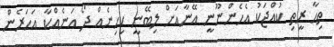
ތިހާ ރީތި ކުއްޖަކު އެހެންނޫނީ އޭނާއަށް ލިބޭނީ ކިހިނެއް ދޯ އަނެއްކާ އަހަރެން